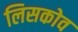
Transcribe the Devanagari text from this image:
लिसकोव